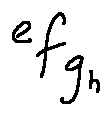
e _ { f _ { g _ { h } } }